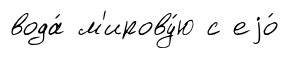
вода́ м'ирову́ю с еjо́